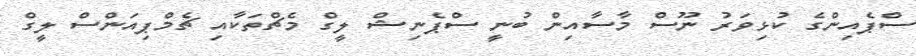
ސްޕެއިންގެ ކުޅިވަރު ނޫސް މާސާއިން ބުނީ ސްޕެނިޝް ލީގް މެޗްތަކާއި ޗެމްޕިއަންސް ލީގް